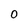
Character: O